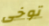
توخى